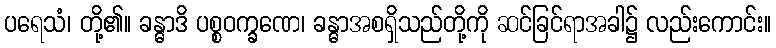
ပရေသံ၊ တို့၏။ ခန္ဓာဒိ ပစ္စဝက္ခဏေ၊ ခန္ဓာအစရှိသည်တို့ကို ဆင်ခြင်ရာအခါ၌ လည်းကောင်း။